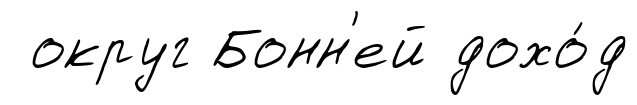
округ Бонн'ей дохо́д